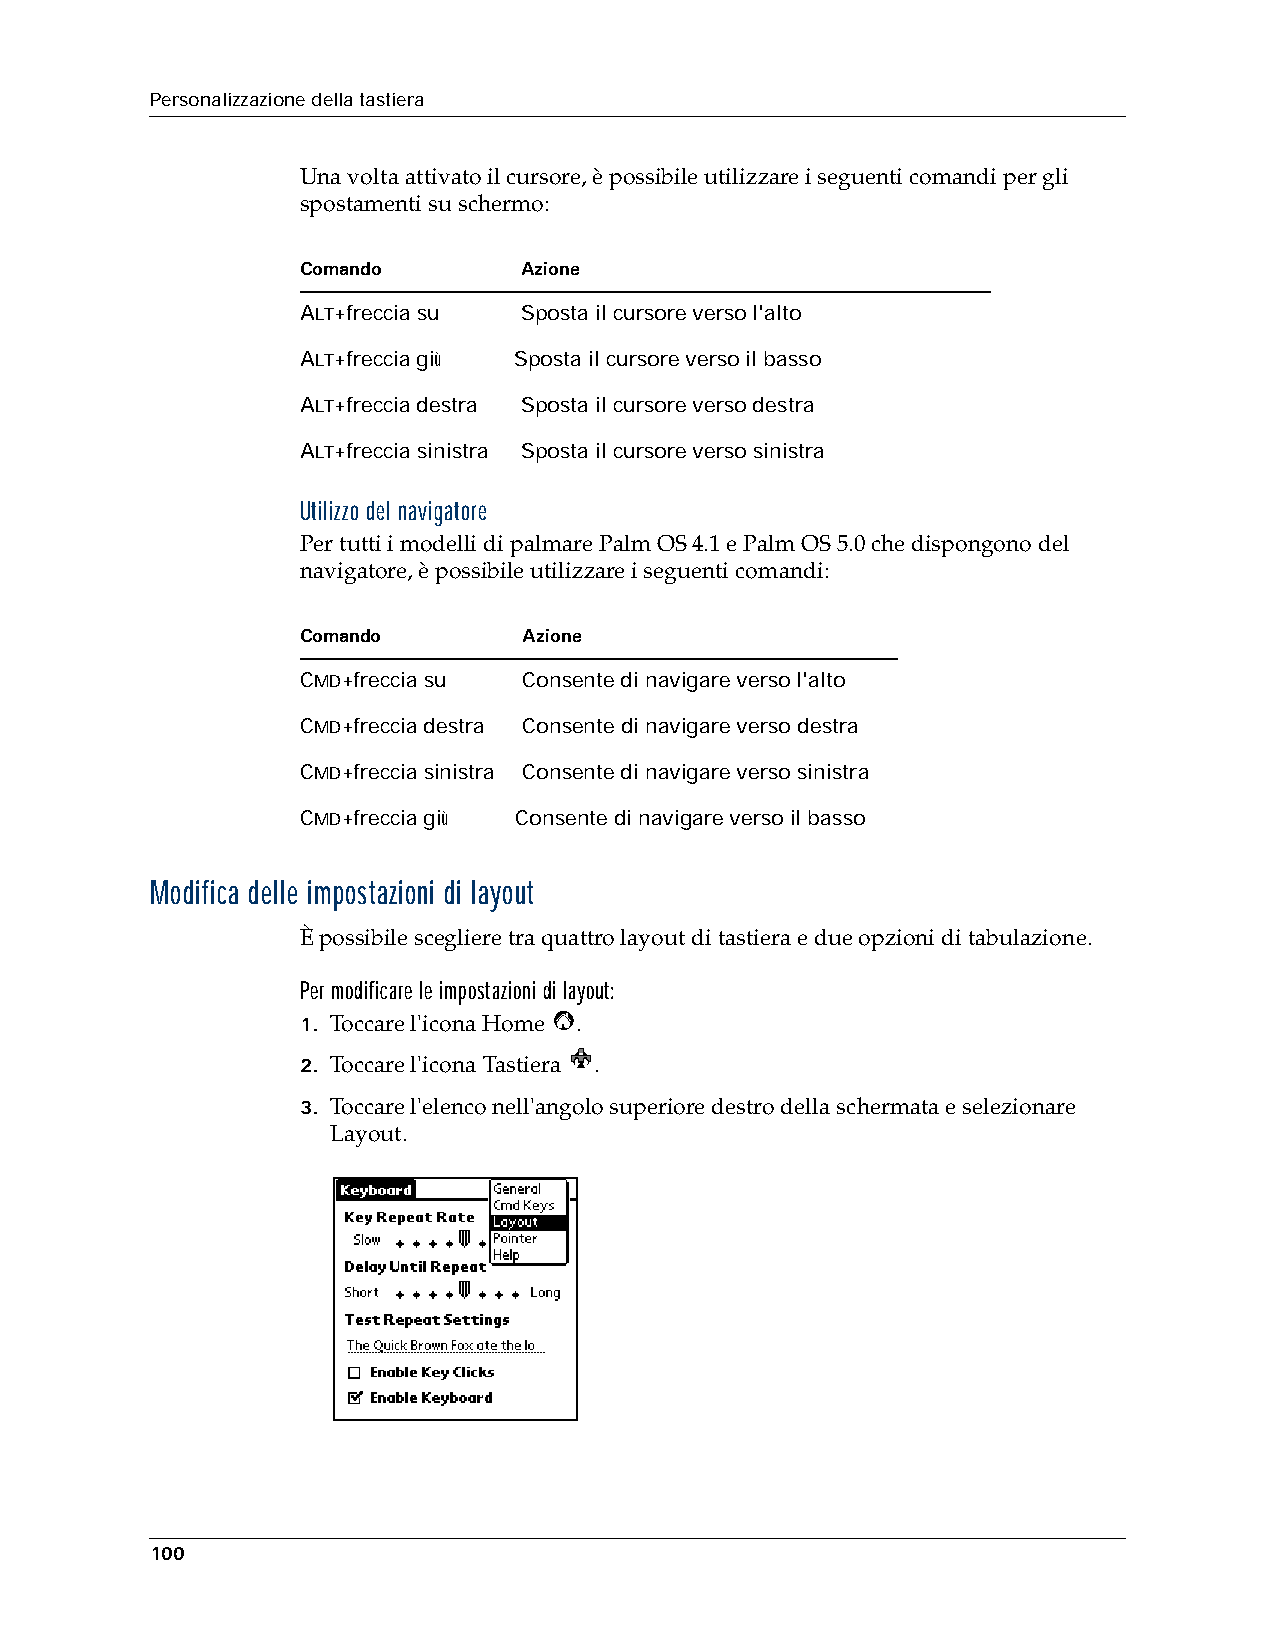
Personalizzazione della tastiera
 Una volta attivato il cursore, è possibile utilizzare i seguenti comandi per gli
 spostamenti su schermo:
 Comando        Azione
 ALT+freccia su Sposta il cursore verso l'alto
 ALT+freccia giù Sposta il cursore verso il basso
 ALT+freccia destra Sposta il cursore verso destra
 ALT+freccia sinistra Sposta il cursore verso sinistra
 Utilizzo del navigatore
 Per tutti i modelli di palmare Palm OS 4.1 e Palm OS 5.0 che dispongono del
 navigatore, è possibile utilizzare i seguenti comandi:
 Comando        Azione
 CMD+freccia su Consente di navigare verso l'alto
 CMD+freccia destra Consente di navigare verso destra
 CMD+freccia sinistra Consente di navigare verso sinistra
 CMD+freccia giù Consente di navigare verso il basso
 Modifica delle impostazioni di layout
 È possibile scegliere tra quattro layout di tastiera e due opzioni di tabulazione.
 Per modificare le impostazioni di layout:
 1. Toccare l'icona Home .
 2. Toccare l'icona Tastiera .
 3. Toccare l'elenco nell'angolo superiore destro della schermata e selezionare
 Layout.
 100